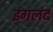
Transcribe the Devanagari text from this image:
इंगलंद